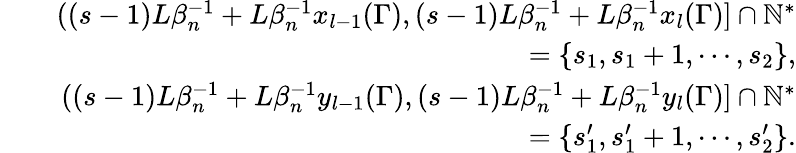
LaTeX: \begin{array}{rlr}&{}&{((s-1)L\beta_{n}^{-1}+L\beta_{n}^{-1}x_{l-1}(\Gamma),(s-1)L\beta_{n}^{-1}+L\beta_{n}^{-1}x_{l}(\Gamma)]\cap\mathbb{N}^{*}}\\ &{}&{=\{ s_{1},s_{1}+1,\cdots,s_{2}\} ,}\\ &{}&{((s-1)L\beta_{n}^{-1}+L\beta_{n}^{-1}y_{l-1}(\Gamma),(s-1)L\beta_{n}^{-1}+L\beta_{n}^{-1}y_{l}(\Gamma)]\cap\mathbb{N}^{*}}\\ &{}&{=\{ s_{1}^{\prime},s_{1}^{\prime}+1,\cdots,s_{2}^{\prime}\} .}\end{array}